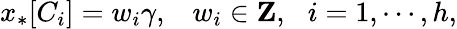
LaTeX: x_{*}[C_{i}]=w_{i}\gamma,\, \, \, \, \, w_{i}\in{\mathbf Z},\, \, \, \, i=1,\cdots,h,